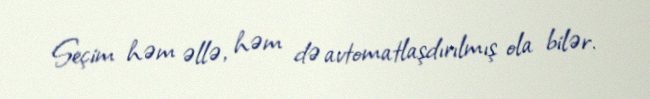
Seçim həm əllə, həm də avtomatlaşdırılmış ola bilər.